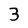
Character: 3